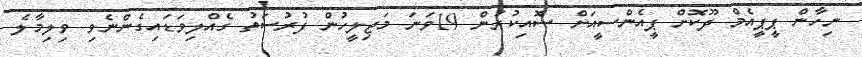
ނިހާން ޕީޕީއެމް ދޫކޮށް ޕީއެންސީއަށް ސޮއިކުރުން 19ވަނަ މަޖިލީހުން ފުރުސަތު ގެއްލިވަޑައިގެންނެވި ވިލިމާލެ